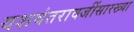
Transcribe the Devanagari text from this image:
यशवंतरावजींसारख्या